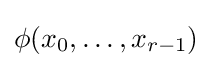
\phi (x_{0},\dots ,x_{r-1})